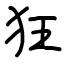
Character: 狂